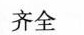
齐全